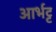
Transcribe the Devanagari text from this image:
आर्भट्ट